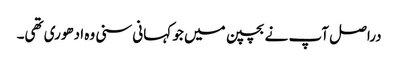
دراصل آپ نے بچپن میں جو کہانی سنی وہ ادھوری تھی۔